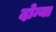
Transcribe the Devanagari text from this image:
दोन्या